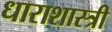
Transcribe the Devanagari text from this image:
धाराशास्त्री